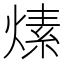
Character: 𤍊